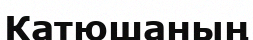
Катюшаның